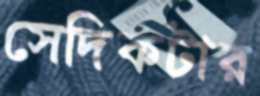
সেদিকটার